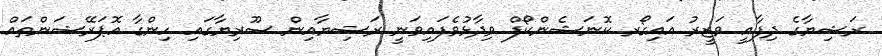
ރަޝިޔާގެ ދިފާއީ ވަޒީރު އައިގޯރ ކޮނަޝެންކޯފް ވިދާޅުވެފައިވަނީ ރަޝިޔާއިން ސޫރިޔާގައި ހިންގާ އޮޕަރޭޝަންތައް